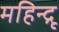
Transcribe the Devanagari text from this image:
महिन्द्रू